画像に写った文字を読んでください
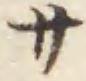
「サ」と書いてあります